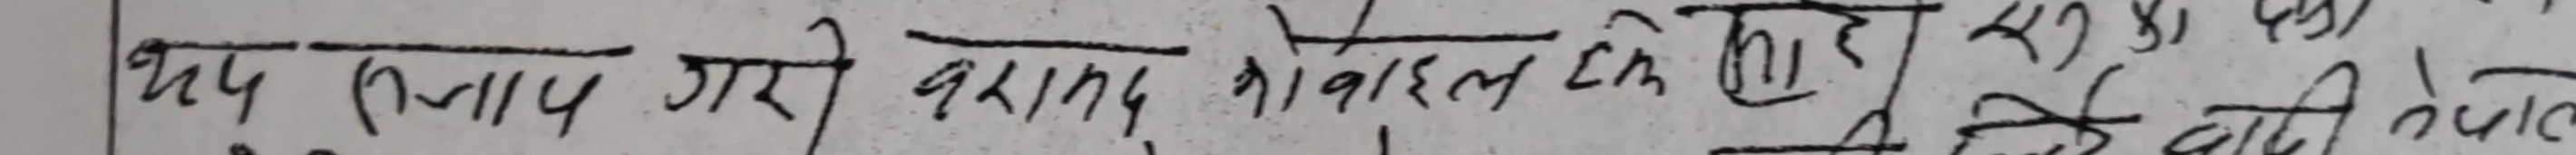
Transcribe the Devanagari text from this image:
खप स्तप गरी वरामय को वाहल चिन्ठी सुनका को
**Transliteration:** khap stap garī varāmaya ko vāhala cinṭhī sunakā ko